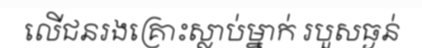
លើជនរងគ្រោះស្លាប់ម្នាក់ របួសធ្ងន់